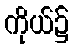
ကိုယ်၌